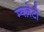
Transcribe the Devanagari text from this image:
म्यज़ेटी